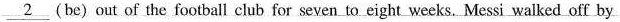
\underline{2} (be) out of the football club for seven to eight weeks. Messi walked off by